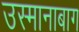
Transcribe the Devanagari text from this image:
उस्मानाबाग